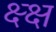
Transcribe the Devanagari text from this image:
क्ष्क्ष